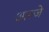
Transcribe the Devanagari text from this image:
आल्जे